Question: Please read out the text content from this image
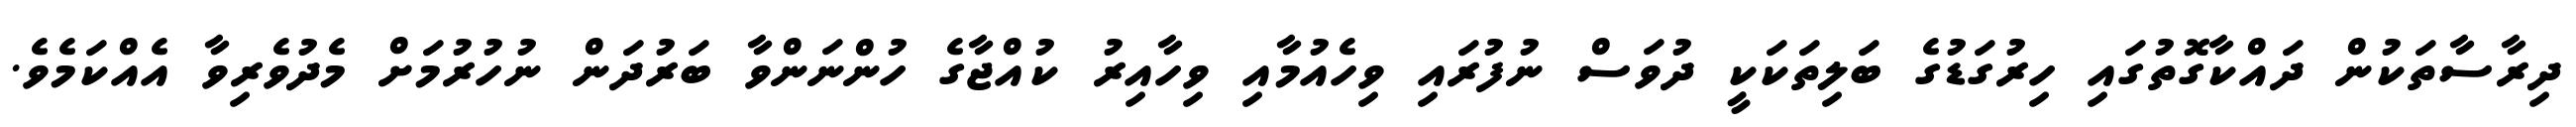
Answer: ދިރާސާތަކުން ދައްކާގޮތުގައި ހިރުގަޑުގެ ބަލިތަކަކީ ދުވަސް ނުފުރައި ވިހެއުމާއި ވިހާއިރު ކުއްޖާގެ ހުންނަންވާ ބަރުދަން ނުހުރުމަށް މެދުވެރިވާ އެއްކަމެވެ.